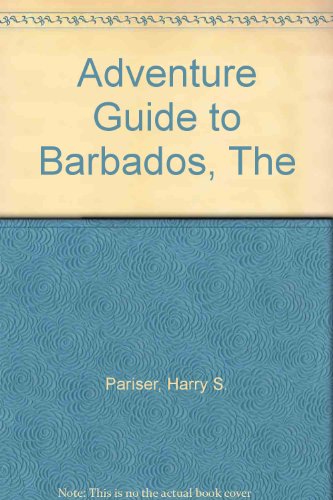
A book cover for The Adventure Guide to Barbados; Harry S. Pariser; Travel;